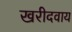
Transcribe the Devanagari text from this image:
खरीदवाय